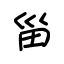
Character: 甾